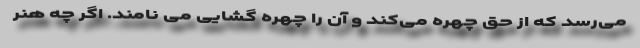
می‌رسد که از حق چهره می‌کند و آن را چهره گشایی می ‌نامند. اگر چه هنر